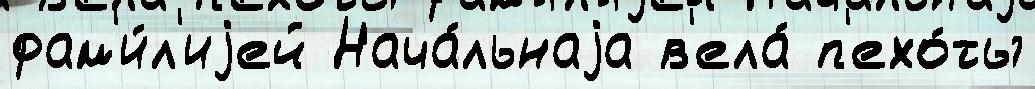
фам'и́л'иjей Нача́льнаjа в'ела́ п'ехо́ты